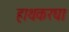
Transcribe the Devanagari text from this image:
हाथकरघा